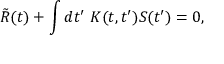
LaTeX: \tilde { R } ( t ) + \int d t ^ { \prime } \ K ( t , t ^ { \prime } ) S ( t ^ { \prime } ) = 0 ,